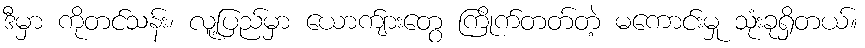
ဒီမှာ ကိုတင်သန်း၊ လူ့ပြည်မှာ ယောက်ျားတွေ ကြိုက်တတ်တဲ့ မကောင်းမှု သုံးခုရှိတယ်။